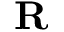
{ \bf R }